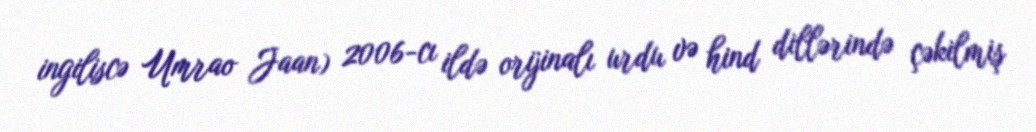
ingiliscə Umrao Jaan) 2006-cı ildə orijinalı urdu və hind dillərində çəkilmiş